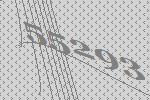
55293